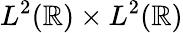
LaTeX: L^{2}(\mathbb{R})\times L^{2}(\mathbb{R})